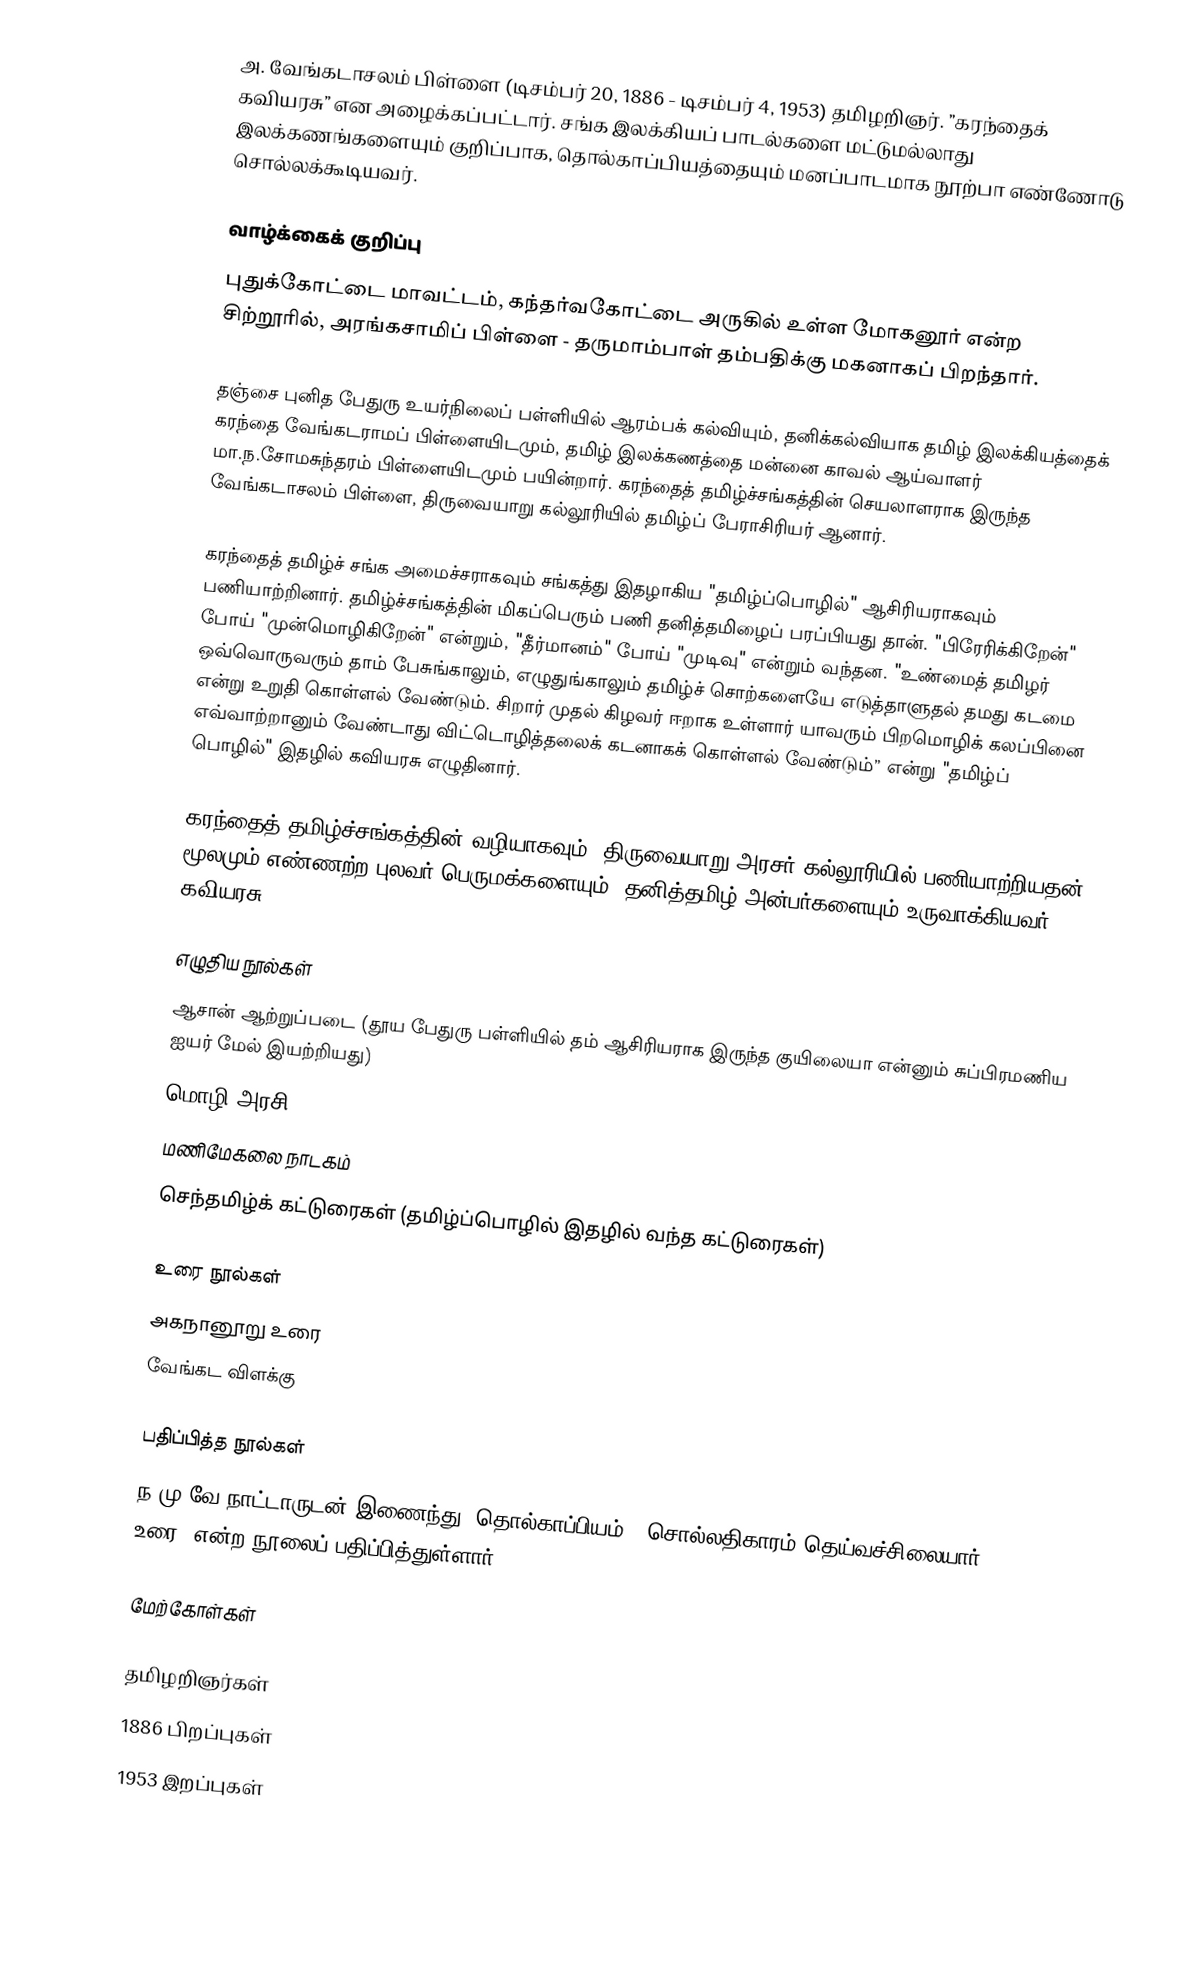
அ. வேங்கடாசலம் பிள்ளை (டிசம்பர் 20, 1886 - டிசம்பர் 4, 1953) தமிழறிஞர். ”கரந்தைக் கவியரசு” என அழைக்கப்பட்டார். சங்க இலக்கியப் பாடல்களை மட்டுமல்லாது இலக்கணங்களையும் குறிப்பாக, தொல்காப்பியத்தையும் மனப்பாடமாக நூற்பா எண்ணோடு சொல்லக்கூடியவர்.

வாழ்க்கைக் குறிப்பு
புதுக்கோட்டை மாவட்டம், கந்தர்வகோட்டை அருகில் உள்ள மோகனூர் என்ற சிற்றூரில், அரங்கசாமிப் பிள்ளை - தருமாம்பாள் தம்பதிக்கு மகனாகப் பிறந்தார்.

தஞ்சை புனித பேதுரு உயர்நிலைப் பள்ளியில் ஆரம்பக் கல்வியும், தனிக்கல்வியாக தமிழ் இலக்கியத்தைக் கரந்தை வேங்கடராமப் பிள்ளையிடமும், தமிழ் இலக்கணத்தை மன்னை காவல் ஆய்வாளர் மா.ந.சோமசுந்தரம் பிள்ளையிடமும் பயின்றார். கரந்தைத் தமிழ்ச்சங்கத்தின் செயலாளராக இருந்த வேங்கடாசலம் பிள்ளை, திருவையாறு கல்லூரியில் தமிழ்ப் பேராசிரியர் ஆனார்.

கரந்தைத் தமிழ்ச் சங்க அமைச்சராகவும் சங்கத்து இதழாகிய "தமிழ்ப்பொழில்" ஆசிரியராகவும் பணியாற்றினார். தமிழ்ச்சங்கத்தின் மிகப்பெரும் பணி தனித்தமிழைப் பரப்பியது தான். "பிரேரிக்கிறேன்" போய் "முன்மொழிகிறேன்" என்றும், "தீர்மானம்" போய் "முடிவு" என்றும் வந்தன. "உண்மைத் தமிழர் ஒவ்வொருவரும் தாம் பேசுங்காலும், எழுதுங்காலும் தமிழ்ச் சொற்களையே எடுத்தாளுதல் தமது கடமை என்று உறுதி கொள்ளல் வேண்டும். சிறார் முதல் கிழவர் ஈறாக உள்ளார் யாவரும் பிறமொழிக் கலப்பினை எவ்வாற்றானும் வேண்டாது விட்டொழித்தலைக் கடனாகக் கொள்ளல் வேண்டும்” என்று "தமிழ்ப் பொழில்" இதழில் கவியரசு எழுதினார்.

கரந்தைத் தமிழ்ச்சங்கத்தின் வழியாகவும், திருவையாறு அரசர் கல்லூரியில் பணியாற்றியதன் மூலமும் எண்ணற்ற புலவர் பெருமக்களையும், தனித்தமிழ் அன்பர்களையும் உருவாக்கியவர் கவியரசு.

எழுதிய நூல்கள்
 ஆசான் ஆற்றுப்படை (தூய பேதுரு பள்ளியில் தம் ஆசிரியராக இருந்த குயிலையா என்னும் சுப்பிரமணிய ஐயர் மேல் இயற்றியது)
 மொழி அரசி
 மணிமேகலை நாடகம்
 செந்தமிழ்க் கட்டுரைகள் (தமிழ்ப்பொழில் இதழில் வந்த கட்டுரைகள்)

உரை நூல்கள்
 அகநானூறு உரை
 வேங்கட விளக்கு

பதிப்பித்த நூல்கள்
ந.மு.வே.நாட்டாருடன் இணைந்து ”தொல்காப்பியம் - சொல்லதிகாரம் தெய்வச்சிலையார் உரை” என்ற நூலைப் பதிப்பித்துள்ளார்.

மேற்கோள்கள்

தமிழறிஞர்கள்
1886 பிறப்புகள்
1953 இறப்புகள்